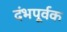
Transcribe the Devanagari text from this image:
दंभपूर्वक